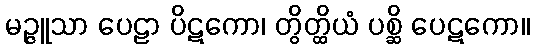
မဉ္ဇူသာ ပေဠာ ပိဋကော၊ တွိတ္ထိယံ ပစ္ဆိ ပေဋကော။